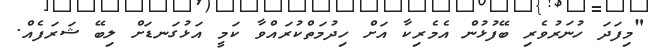
"މިފަދަ ހުނަރުވެރި ބޭފުޅުން އެެމެރިކާ އަށް ހިދުމަތްކުރައްވާ ކަމީ އަޅުގަނޑަށް ލިބޭ ޝަރަފެއް.